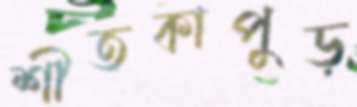
শীতকাপুড়